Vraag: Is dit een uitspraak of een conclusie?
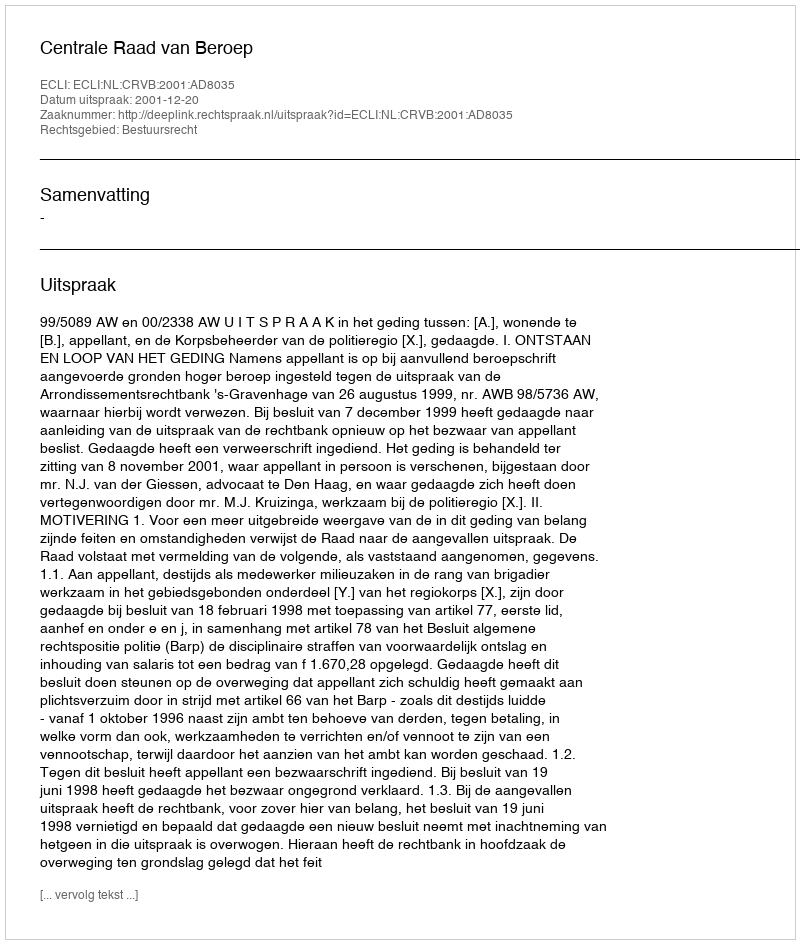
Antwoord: Uitspraak